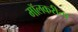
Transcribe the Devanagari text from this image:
मॉलकरीता